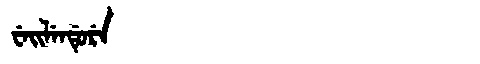
Manchu: ᠸᡝᡳᠯᡝᠨᡩᡠᡵᡝ
Romanization: WEILENDURE